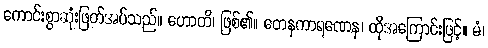
ကောင်းစွာဆုံးဖြတ်အပ်သည်။ ဟောတိ၊ ဖြစ်၏။ တေနကာရဏေန၊ ထိုအကြောင်းဖြင့်။ မံ၊